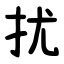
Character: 扰